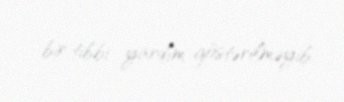
bir tibbi yardım göstərilməyib.